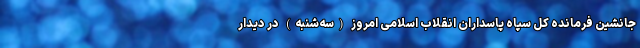
جانشین فرمانده کل سپاه پاسداران انقلاب اسلامی امروز (سه‌شنبه) در دیدار